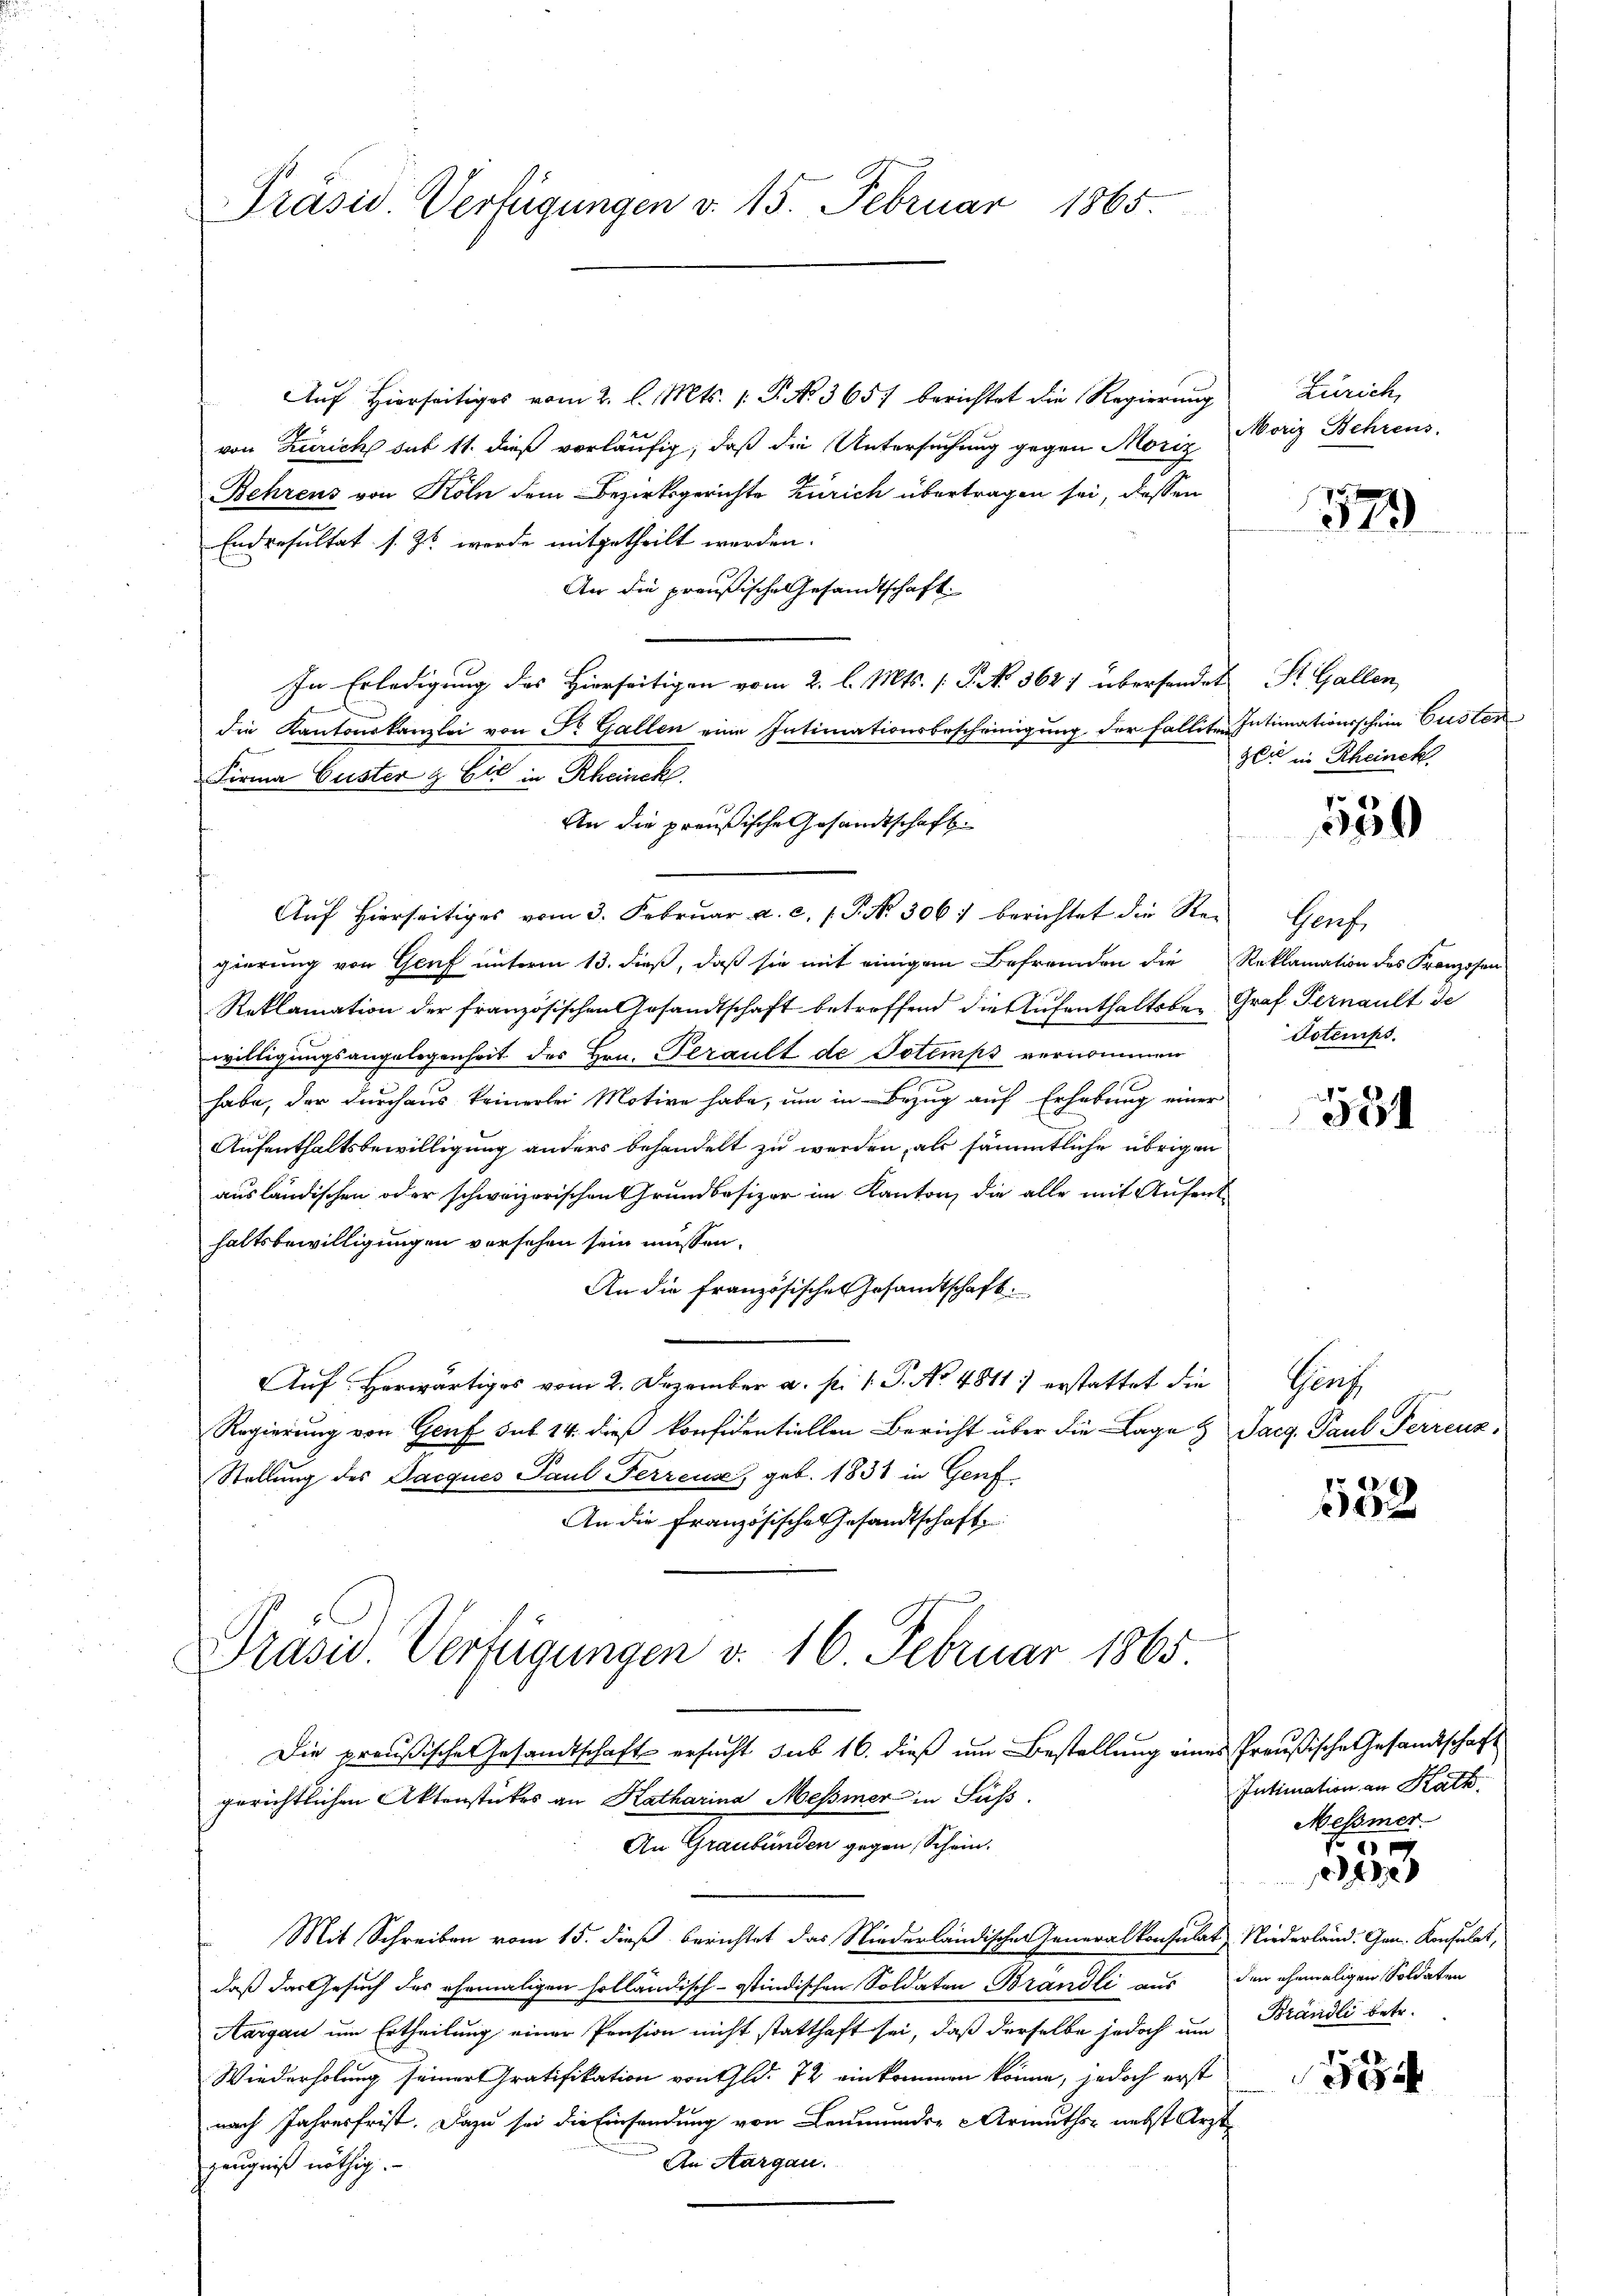
Präsid. Verfügungen v. 15. Februar 1865.

Aŭf Hierseitiges vom 2. l. Mts. 1. P. No. 365) berichtet die Regierung
von Zürich sub 11. dieß vorläufig, daß die Untersuchung gegen Moriz
Behrens von Köln dem Bezirksgerichte Zürich übertragen sei, dessen
Endresultat s. Zt. werde mitgetheilt werden.
An die preußische Gesandtschaft
In Erledigung des Hierseitigen vom 2. l. Mts. [S. No 362) übersendet St. Gallen,
die Kantonskanzlei von Dr. Gallen eine Intimationsbescheinigung der Falliter Intimationsschein Guster
Firma bester & Cie in Rheinck
An die preußische Gesandtschaft
Auf hierseitiges vom 3. Febrŭar a. c. 1 P. Nr. 306. berichtet die Regierung von Genf unterm 13. dieß, daß sie mit einigem Befremden die Reklamation des Franzosen
Reklamation der französischen Gesandtschaft betroffend die Aufenthaltsbe-Graf Fernault de
willigungsangelegenheit des Hrn. Perault de Totemps vernommen
habe, der durchaus keinerlei Motive habe, um in Bezug auf Erhebung einer
Aufenthaltsbewilligung anders behandelt zu werden, als sämmtliche übrigen
ausländischen oder schweizerischen Grundbesizer im Kanton, die alle mit Aufenthaltsbewilligungen versehen sein müssen.
An die französische Gesandtschaft.
Auf herwärtiges vom 2. Dezember a. p. 1 P. No 4811) erstattet die
Regierung von Genf sub 14. dieß konfidentiellen Bericht über die Lage & Jacg Paul Ferrenz¬
Stellung des Jacques Paul Ferrena, geb. 1838 in Genf
An die Französische Gesandtschaft
Prasiv. Verfügungen v. 16 Februar 1865
Die preußische Gesandtschaft ersucht sub 16. dieß um Bestellung eines Preußische Gesandtschaft
gerichtlichen Aktenstückes an Katharina Meßmer in Fuss.
An Graubünden gegen Schein.
Mit Schreiben vom 15. dieß berichtet das Niederländischen Generalkonsulat Niederland. Gen. Konsulat,
daß das Gesuch des ehemaligen holländisch-stindischen Soldaten Brandli aus den ehemaligen Soldaten
Aargau um Ertheilung einer Pension nicht statthaft sei, daß derselbe jedoch um Brändli betr.
Wiederholung seiner Gratifikation von Gld. 72 einkommen könne, jedoch erst
nach Jahresfrist. Dazu sei die Einsendung von Leumunder Armuths- nebst Arzt
An Aargau.
zeugniß nöthig.

Zürich,
Moriz Behrens.

579

zli in Rheinek

550

Gerf.
Toteriss.

551

Gint

552

Intimation an Kath.
Meßmer

f 0 x
e

5